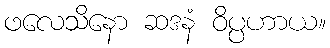
ဖလေသိနော ဆဒနံ ဝိပ္ပဟာယ။